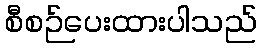
စီစဉ်ပေးထားပါသည်